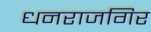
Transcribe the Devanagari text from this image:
धनराजगिर